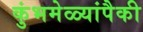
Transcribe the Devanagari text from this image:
कुंभमेळ्यांपैकी